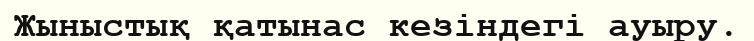
Жыныстық қатынас кезіндегі ауыру.